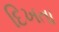
દિખતા